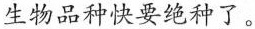
生物品种快要绝种了。